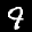
Label: 9